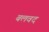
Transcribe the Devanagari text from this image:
बलवद